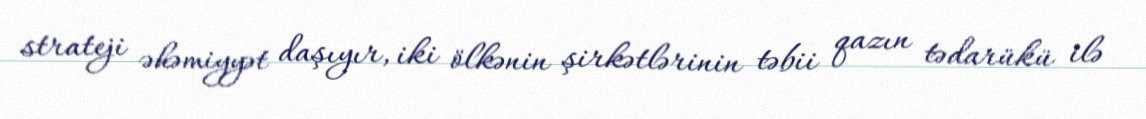
strateji əhəmiyyət daşıyır, iki ölkənin şirkətlərinin təbii qazın tədarükü ilə